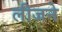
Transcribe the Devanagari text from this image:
लीजने